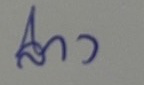
ล่าง